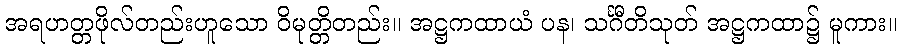
အရဟတ္တဖိုလ်တည်းဟူသော ဝိမုတ္တိတည်း။ အဋ္ဌကထာယံ ပန၊ သင်္ဂီတိသုတ် အဋ္ဌကထာ၌ မူကား။